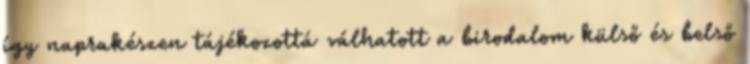
így naprakészen tájékozottá válhatott a birodalom külső és belső